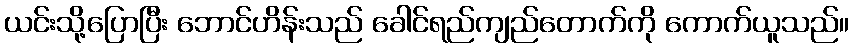
ယင်းသို့ပြောပြီး ဘောင်ဟိန်းသည် ခေါင်ရည်ကျည်တောက်ကို ကောက်ယူသည်။